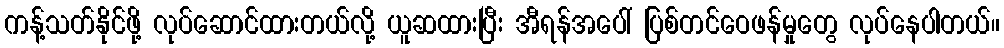
ကန့်သတ်နိုင်ဖို့ လုပ်ဆောင်ထားတယ်လို့ ယူဆထားပြီး အီရန်အပေါ် ပြစ်တင်ဝေဖန်မှုတွေ လုပ်နေပါတယ်။